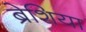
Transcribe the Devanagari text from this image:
ब्रेशिया